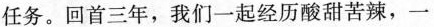
任务。回首三年，我们一起经历酸甜苦辣，一